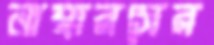
নাম্বারসের